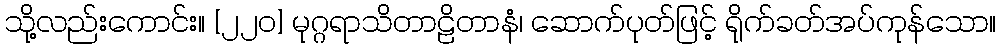
သို့လည်းကောင်း။ [၂၂၀] မုဂ္ဂရာသိတာဠိတာနံ၊ ဆောက်ပုတ်ဖြင့် ရိုက်ခတ်အပ်ကုန်သော။